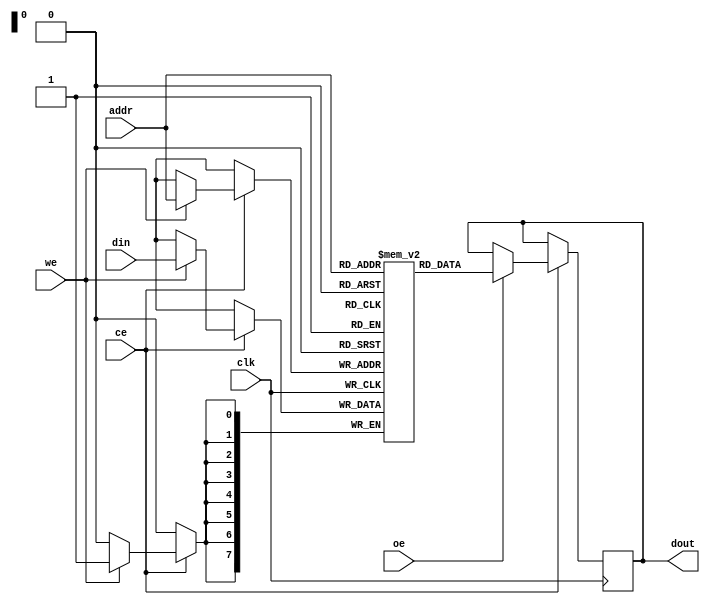
module sram #(
    parameter WORD_SIZE = 8,     // Size of each word in bits
    parameter DEPTH = 256         // Number of words in the SRAM
)(
    input wire clk,               // Clock signal
    input wire ce,                // Chip Enable
    input wire we,                // Write Enable
    input wire oe,                // Output Enable
    input wire [WORD_SIZE-1:0] din, // Data input
    input wire [$clog2(DEPTH)-1:0] addr, // Address input
    output reg [WORD_SIZE-1:0] dout // Data output
);

    // Memory array declaration
    reg [WORD_SIZE-1:0] memory [0:DEPTH-1];

    always @(posedge clk) begin
        if (ce) begin
            if (we) begin
                // Write operation
                memory[addr] <= din;
            end
            if (oe) begin
                // Read operation
                dout <= memory[addr];
            end
        end
    end

endmodule